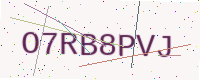
Text: O7RB8PVJ